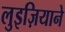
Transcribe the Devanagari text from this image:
लुइज़ियाने